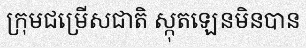
ក្រុមជម្រើសជាតិ ស្កុតឡេនមិនបាន